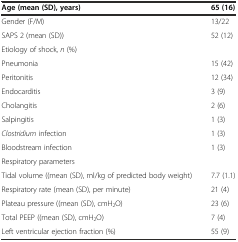
| Age (mean (SD), years) | 65 (16) |
 | --- | --- |
 | Gender (F/M) | 13/22 |
 | SAPS 2 (mean (SD)) | 52 (12) |
 | Etiology of shock, n (%) |  |
 | Pneumonia | 15 (42) |
 | Peritonitis | 12 (34) |
 | Endocarditis | 3 (9) |
 | Cholangitis | 2 (6) |
 | Salpingitis | 1 (3) |
 | Clostridium infection | 1 (3) |
 | Bloodstream infection | 1 (3) |
 | Respiratory parameters |  |
 | Tidal volume ((mean (SD), ml/kg of predicted body weight) | 7.7 (1.1) |
 | Respiratory rate (mean (SD), per minute) | 21 (4) |
 | Plateau pressure ((mean (SD), cmH2O) | 23 (6) |
 | Total PEEP ((mean (SD), cmH2O) | 7 (4) |
 | Left ventricular ejection fraction (%) | 55 (9) |